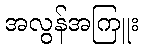
အလွန်အကြူး